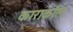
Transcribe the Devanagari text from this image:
काराकॉल